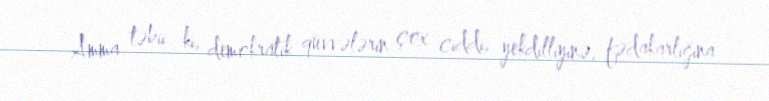
Amma təbii ki, demokratik qüvvələrin çox ciddi, yekdilliyinə, fədakarlığına